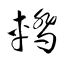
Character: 轎